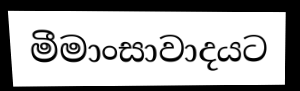
මීමාංසාවාදයට